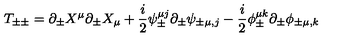
T _ { \pm \pm } = \partial _ { \pm } X ^ { \mu } \partial _ { \pm } X _ { \mu } + \frac { i } { 2 } \psi _ { \pm } ^ { \mu j } \partial _ { \pm } \psi _ { \pm \mu , j } - \frac { i } { 2 } \phi _ { \pm } ^ { \mu k } \partial _ { \pm } \phi _ { \pm \mu , k }